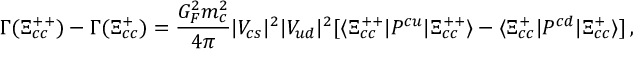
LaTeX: \Gamma ( \Xi _ { c c } ^ { + + } ) - \Gamma ( \Xi _ { c c } ^ { + } ) = \frac { G _ { F } ^ { 2 } m _ { c } ^ { 2 } } { 4 \pi } | V _ { c s } | ^ { 2 } | V _ { u d } | ^ { 2 } [ \langle \Xi _ { c c } ^ { + + } | P ^ { c u } | \Xi _ { c c } ^ { + + } \rangle - \langle \Xi _ { c c } ^ { + } | P ^ { c d } | \Xi _ { c c } ^ { + } \rangle ] \, ,